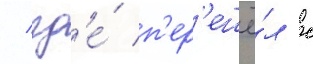
/ гд'е́ п'ер'ешё́л с